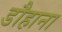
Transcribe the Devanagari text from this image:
डौहाना